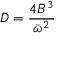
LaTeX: { \bar { D } } = { \frac { 4 { \bar { B } } ^ { 3 } } { { \bar { \boldsymbol { \omega } } } ^ { 2 } } }